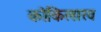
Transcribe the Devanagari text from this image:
कोकिलारव